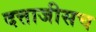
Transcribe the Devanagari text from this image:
दत्ताजीसच